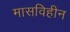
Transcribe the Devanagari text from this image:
मासविहीन